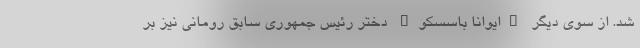
شد. از سوی دیگر "ایوانا باسسکو" دختر رئیس جمهوری سابق رومانی نیز بر